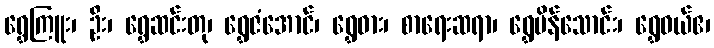
ရွှေကြူး၊ ဦး၊ ရွှေဆင်းတု၊ ရွှေဇံအောင်၊ ရွှေဓား၊ စာရေးဆရာ၊ ရွှေပိန်သောင်း၊ ရွှေဝယ်ဧ၊